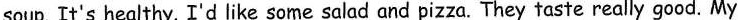
soup. It's healthy. I'd like some salad and pizza. They taste really good. My